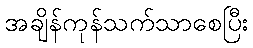
အချိန်ကုန်သက်သာစေပြီး